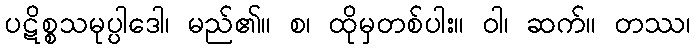
ပဋိစ္စသမုပ္ပါဒေါ၊ မည်၏။ စ၊ ထိုမှတစ်ပါး။ ဝါ၊ ဆက်။ တဿ၊